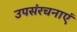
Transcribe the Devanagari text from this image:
उपसंरचनाएं